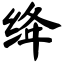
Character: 绛